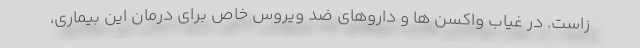
‌زاست. در غیاب واکسن ها و داروهای ضد ویروس خاص برای درمان این بیماری،